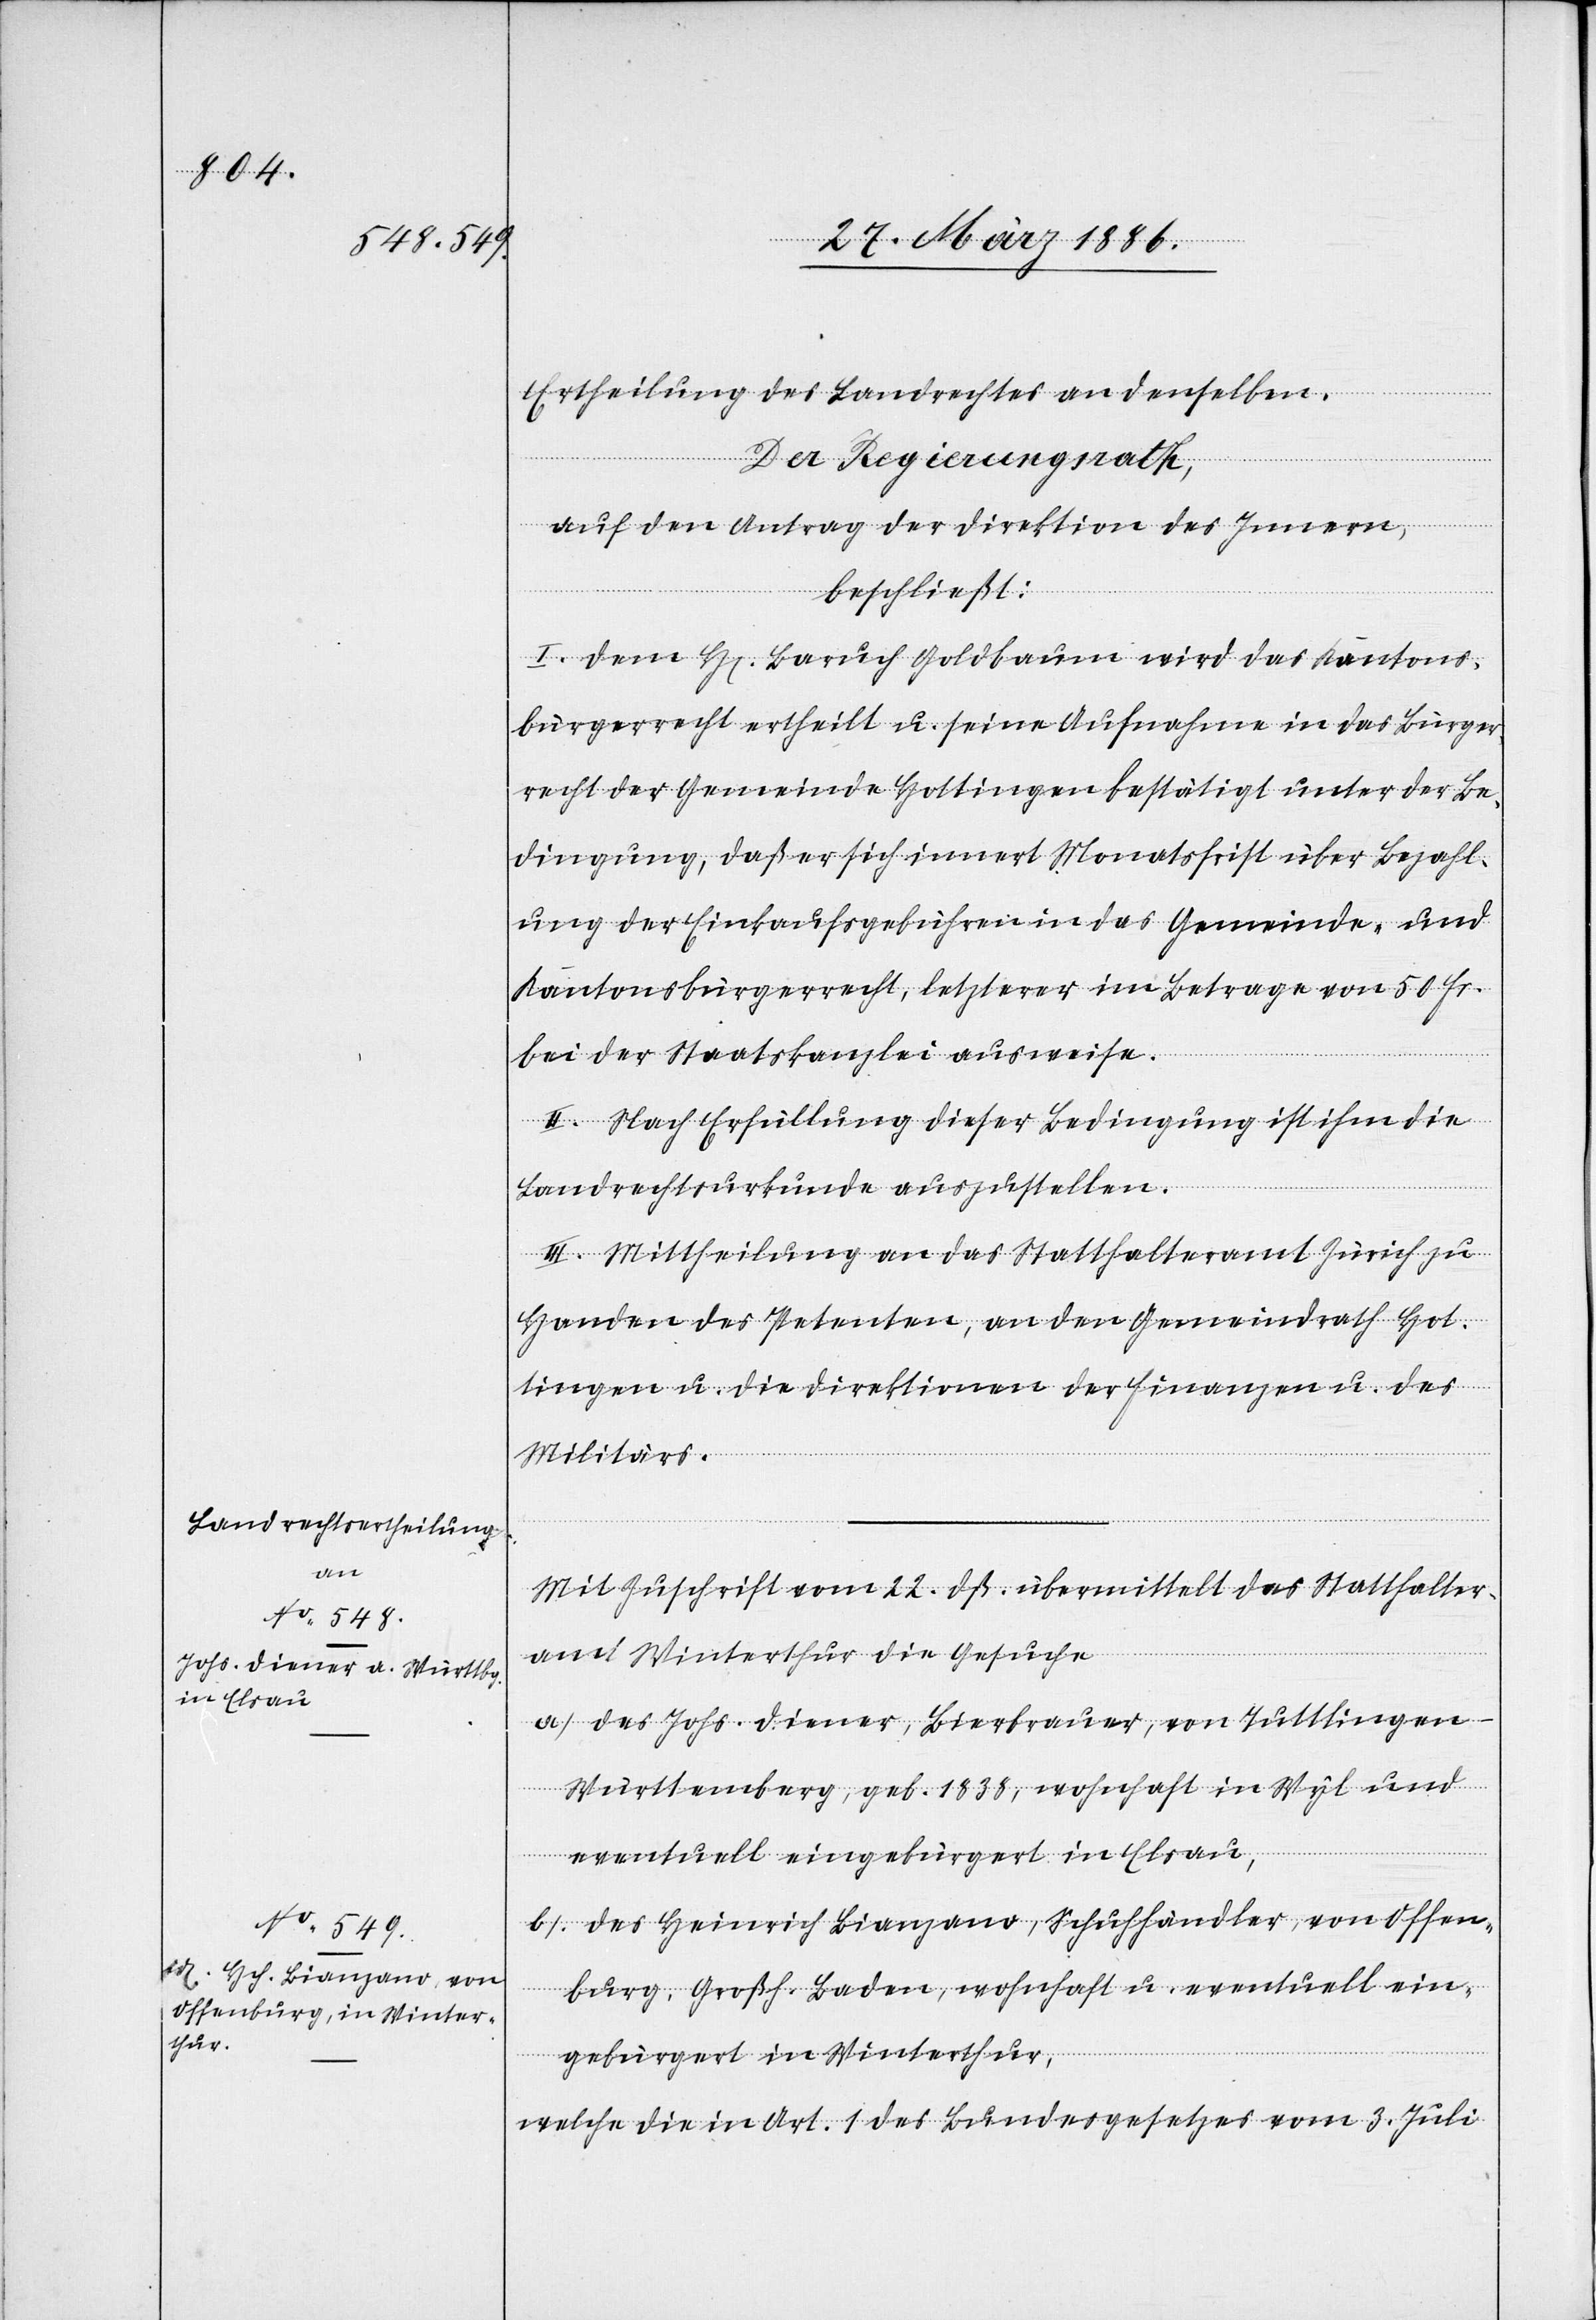
MM 2.251

Ertheilung des Landrechtes an denselben.
Der Regierungsrath,
auf den Antrag der Direktion des Innern,
beschließt:
I. Dem H. Baruch Goldbaum wird das Kantons¬
bürgerrecht ertheilt u. seine Aufnahme in das Bürger¬
recht der Gemeinde Hottingen bestätigt unter de Be¬
dingung, daß er sich innert Monatsfrist über Bezahl¬
ung der Einkaufsgebühren in das Gemeinde- und
Kantonsbürgerrecht, letzterer im Betrage von 50 Fr.
bei der Staatskanzlei ausweise.
II. Nach Erfüllung dieser Bedingung ist ihm die
Landrechtsurkunde auszustellen.
III. Mittheilung an das Statthalteramt Zürich zu
Handen des Petenten, an den Gemeindrath Hot¬
tingen u. die Direktionen der Finanzen u. des
Militärs.
Mit Zuschrift vom 22. dß. übermittelt das Statthalter¬
amt Winterthur die Gesuche
a) des Johs. Diener, Bierbrauer, von Tuttlingen
Württemberg, geb. 1838, wohnhaft in Wyl und
eventuell eingebürgert in Elsau,
b) des Heinrich Bianzano, Schuhhändler, von Offen¬
burg, Großh. Baden, wohnhaft u. eventuell ein¬
gebürgert in Winterthur,
welche die in Art. 1 des Bundesgesetzes vom 3. Juli